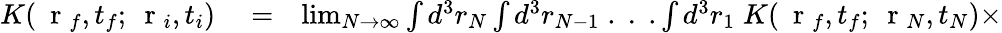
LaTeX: \begin{array}{rlr}{K(\mathrm{~\mathbf~r~}_{f},t_{f};\mathrm{~\mathbf~r~}_{i},t_{i})}&{{}=}&{\operatorname*{lim}_{N\to\infty}\int d^{3}r_{N}\int d^{3}r_{N-1}\; .\; .\; .\int d^{3}r_{1}\; K(\mathrm{~\mathbf~r~}_{f},t_{f};\mathrm{~\mathbf~r~}_{N},t_{N})\times}\end{array}